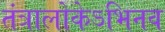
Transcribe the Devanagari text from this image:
तंत्रालोकेऽभिनव